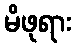
မိဖုရား